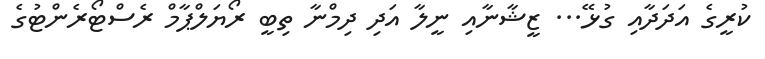
ކުރީގެ އަދަދާއި ގުޅޭ... ޒީޝާނާއި ނީލާ އަދި ދިމްނާ ތިބީ ރޯޔަލްޕާމް ރެސްޓޯރެންޓުގެ